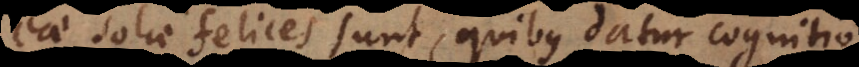
eae solae felices sunt, quibus datur cognitio